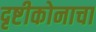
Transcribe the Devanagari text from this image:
दृष्टीकोनाचा